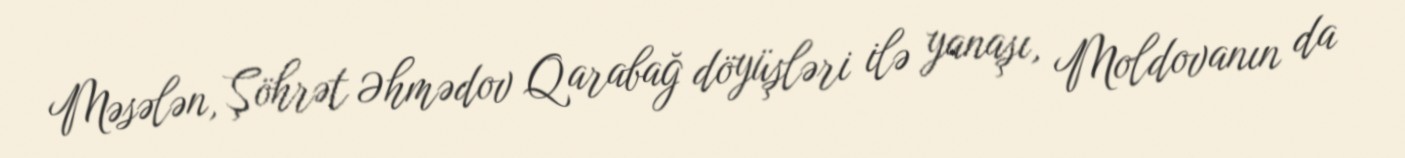
Məsələn, Şöhrət Əhmədov Qarabağ döyüşləri ilə yanaşı, Moldovanın da